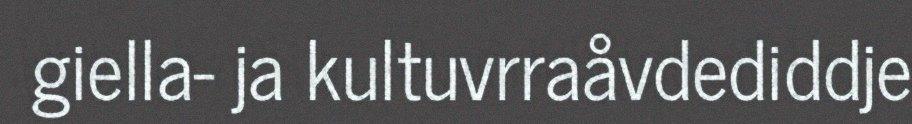
giella- ja kultuvrraåvdediddje